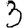
Digit: 3